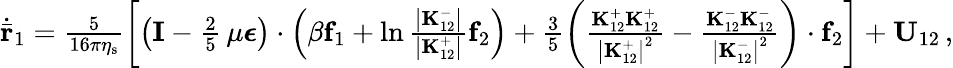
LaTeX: \begin{array}{r}{\dot{\bar{\mathbf{r}}}_{1}=\frac{5}{16\pi\eta_{\mathrm{s}}}\left[\left(\mathbf{I}-\frac{2}{5}\, \mu\boldsymbol{\epsilon}\right)\cdot\left(\beta\mathbf{f}_{1}+\ln\frac{\left|\mathbf{K}_{12}^{-}\right|}{\left|\mathbf{K}_{12}^{+}\right|}\mathbf{f}_{2}\right)+\frac{3}{5}\left(\frac{\mathbf{K}_{12}^{+}\mathbf{K}_{12}^{+}}{\left|\mathbf{K}_{12}^{+}\right|^{2}}-\frac{\mathbf{K}_{12}^{-}\mathbf{K}_{12}^{-}}{\left|\mathbf{K}_{12}^{-}\right|^{2}}\right)\cdot\mathbf{f}_{2}\right]+\mathbf{U}_{12}\, ,}\end{array}